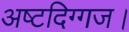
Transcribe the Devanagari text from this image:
अष्टदिग्गज।